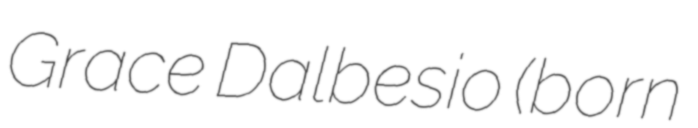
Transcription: Grace Dalbesio (born